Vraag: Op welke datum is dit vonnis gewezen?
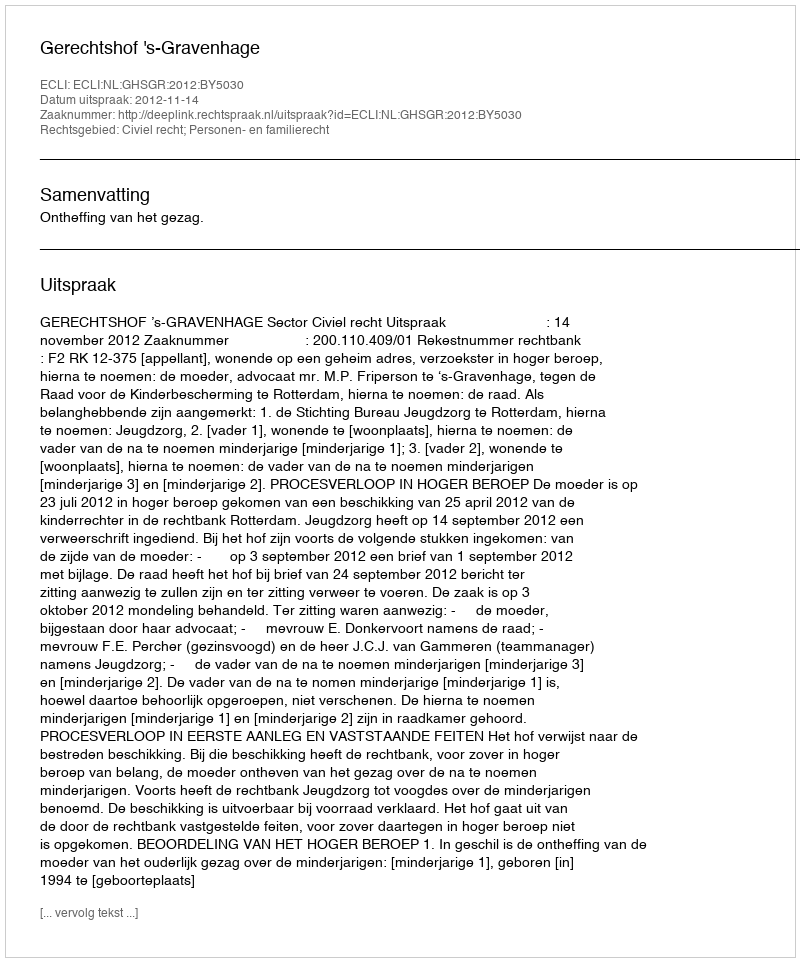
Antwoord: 2012-11-14